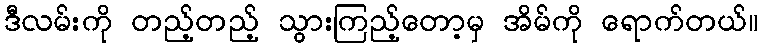
ဒီလမ်းကို တည့်တည့် သွားကြည့်တော့မှ အိမ်ကို ရောက်တယ်။